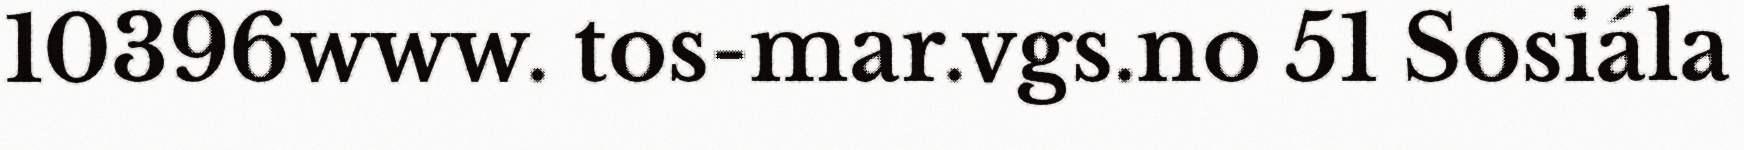
10396www. tos-mar.vgs.no 51 Sosiála